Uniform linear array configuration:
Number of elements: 16
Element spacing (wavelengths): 0.25
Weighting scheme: hamming
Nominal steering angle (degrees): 0
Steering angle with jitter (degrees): -0.04359
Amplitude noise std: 0.05
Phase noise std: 0.05

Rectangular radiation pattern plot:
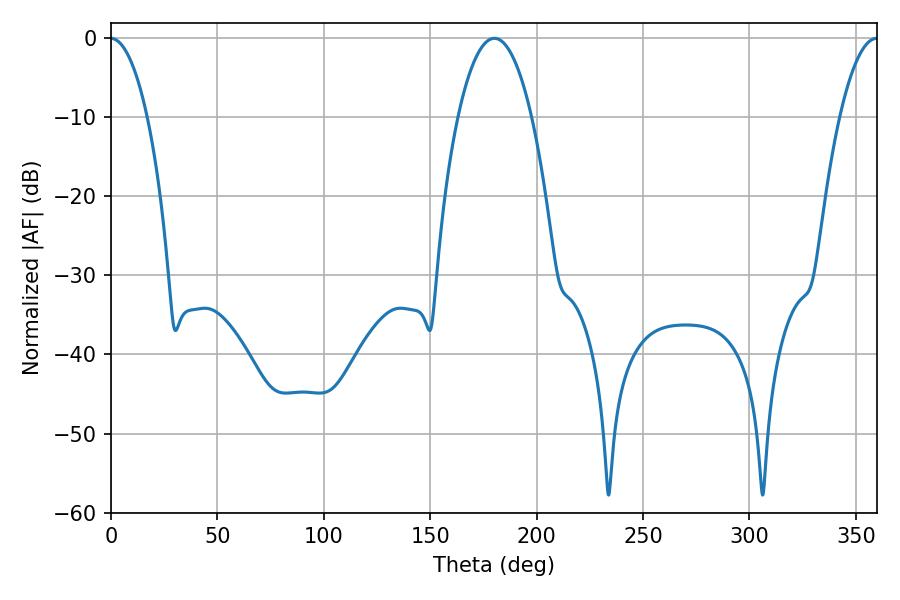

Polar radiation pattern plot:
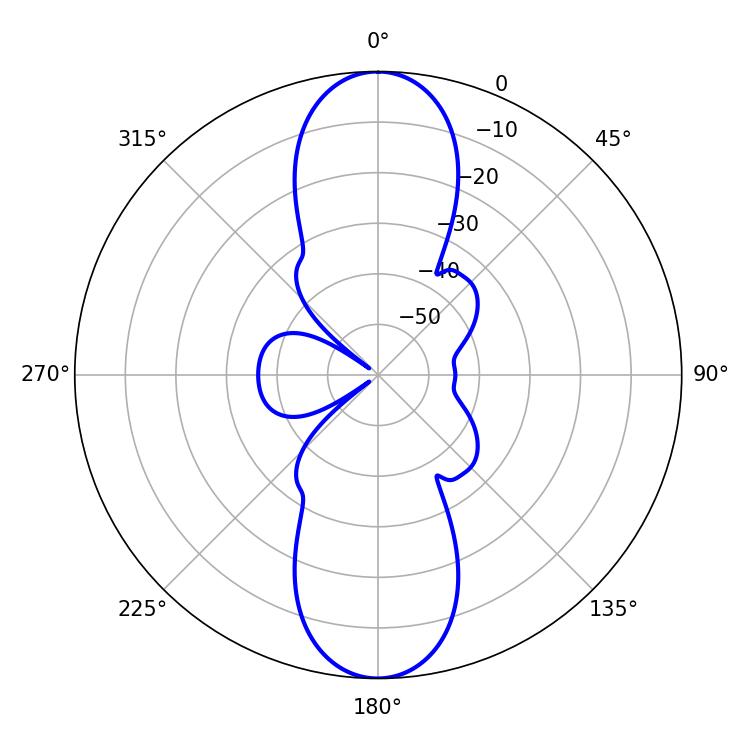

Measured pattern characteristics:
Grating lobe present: FALSE
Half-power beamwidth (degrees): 19.26
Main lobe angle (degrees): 180.18